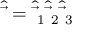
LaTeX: { \hat { \vec { \mathbf { \tau } } } } = { \hat { \vec { \mathbf { \tau } } } } _ { 1 } { \hat { \vec { \mathbf { \tau } } } } _ { 2 } { \hat { \vec { \mathbf { \tau } } } } _ { 3 }